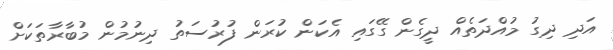
އަދި ދިގު މުއްދަތެއް ދީގެން ގޭގައި އެކަން ކުރަން ފުރުސަތު ދިނުމުން މުބާރާތަކަށް